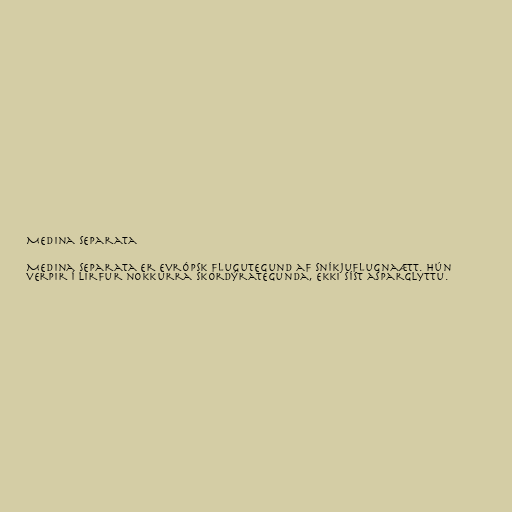
Medina separata

Medina separata er evrópsk flugutegund af sníkjuflugnaætt. Hún
verpir í lirfur nokkurra skordýrategunda, ekki síst asparglyttu.